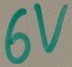
Text: 6V